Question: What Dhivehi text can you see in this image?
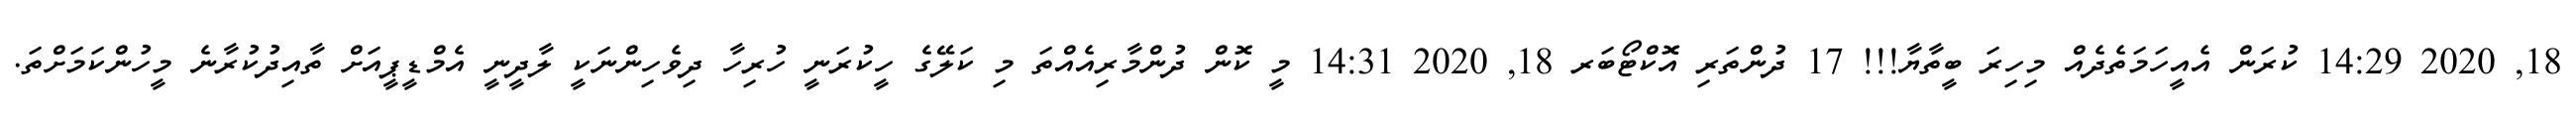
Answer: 18, 2020 14:29 ކުރަން އެއީހަމަތެދެއް މިހިރަ ބީތާޔާ!!! 17 ދުންތަރި އޮކްޓޯބަރ 18, 2020 14:31 މީ ކޮން ދުންމާރިއެއްތަ މި ކަލޭގެ ހީކުރަނީ ހުރިހާ ދިވެހިންނަކީ ލާދީނީ އެމްޑީޕީއަށް ތާއިދުކުރާނެ މީހުންކަމަށްތަ.